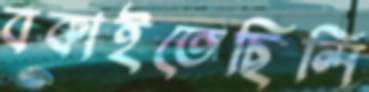
বকাইতেছিলি